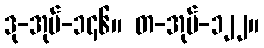
ဒု-အုပ်-၁၄၆။ တ-အုပ်-၁၂၂။